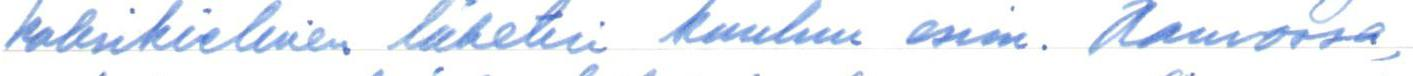
kaksikielinen lähetin kuuluu esim. Nauvossa,